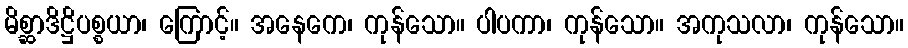
မိစ္ဆာဒိဋ္ဌိပစ္စယာ၊ ကြောင့်။ အနေကေ၊ ကုန်သော။ ပါပကာ၊ ကုန်သော။ အကုသလာ၊ ကုန်သော။